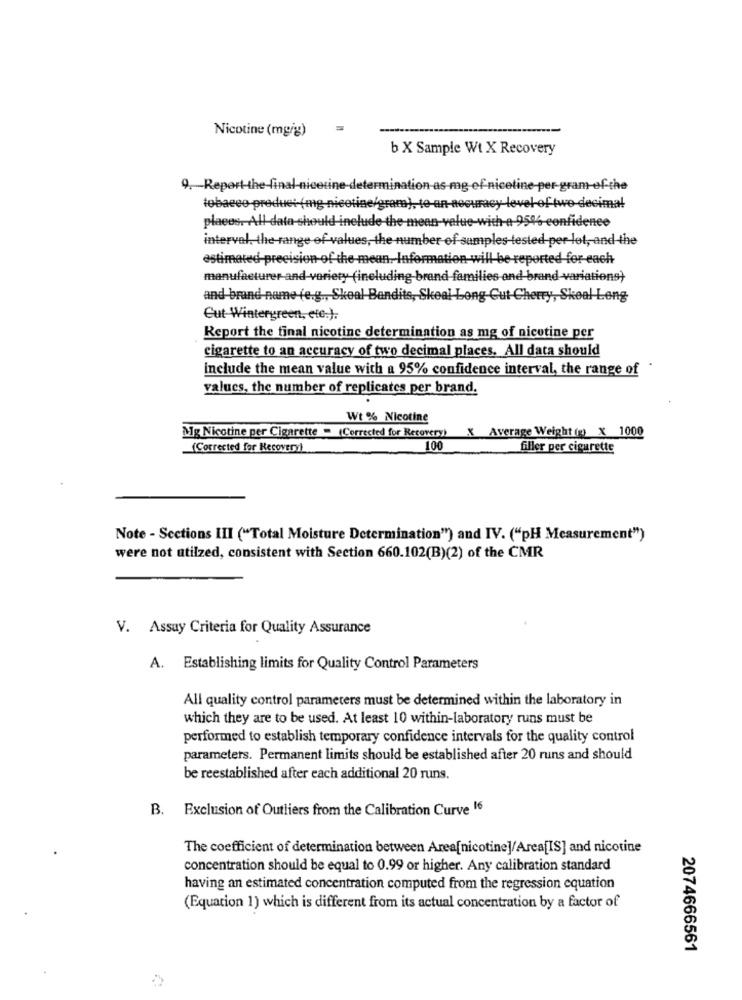
Nicotine (mg/g)
b X Sample Wt X Recovery
9. Report-the-final-nicetine-determination-as-mg of nicotine-per-gram-of-the
tobacco-product (mg-nicotine/gram), te-an-accuracy-level-of two-decimal
places. All data-should include the mean-value-with-a 954% confidence
interval, the range of values, the number of samples tested per lot, and the
estimated-precision-of the-mea
Info
ion will be reported for-each
manufacturer-and-variety (including-brand families and brand-variations}
and brand name (e.g ., Skeal Bandits, Skeal Long-Gut-Cherry, Skoal Long
Cut Wintergreen, etc.).
Report the final nicotine determination as mg of nicotine per
cigarette to an accuracy of two decimal places. All data should
include the mean value with a 95% confidence interval, the range of
values, the number of replicates per brand.
Wt % Nicotine
Mg Nicotine per Cigarette = (Corrected for Recovery) X Average Weight (g) X 1000
(Corrected for Recovery!
100
filler per cigarette
Note - Sections III ("Total Moisture Determination") and IV. ("PH Measurement")
were not utilzed, consistent with Section 660.102(B)(2) of the CMR
V. Assuy Criteria for Quality Assurance
A. Establishing limits for Quality Control Parameters
All quality control parameters must be determined within the laboratory in
which they are to be used. At least 10 within-laboratory runs must be
performed to establish temporary confidence intervals for the quality control
parameters. Permanent limits should be established after 20 runs and should
be reestablished after each additional 20 runs.
B. Exclusion of Outliers from the Calibration Curve 16
The coefficient of determination between Area[nicotine]/Area[IS] and nicotine
concentration should be equal to 0.99 or higher. Any calibration standard
having an estimated concentration computed from the regression equation
(Equation 1) which is different from its actual concentration by a factor of
2074666561